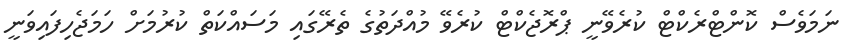
ނަމަވެސް ކޮންޓްރެކްޓް ކުރެވޭނީ ޕްރޮޖެކްޓް ކުރެވޭ މުއްދަތުގެ ތެރޭގައި މަސައްކަތް ކުރުމަށް ހަމަޖެހިފައިވަނީ